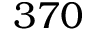
3 7 0